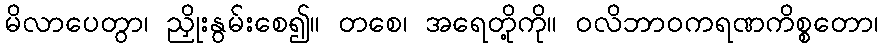
မိလာပေတွာ၊ ညှိုးနွမ်းစေ၍။ တစေ၊ အရေတို့ကို။ ဝလိဘာဝကရဏကိစ္စတော၊